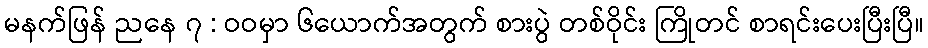
မနက်ဖြန် ညနေ ၇ : ဝဝမှာ ၆ယောက်အတွက် စားပွဲ တစ်ဝိုင်း ကြိုတင် စာရင်းပေးပြီးပြီ။